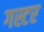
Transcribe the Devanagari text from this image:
गस्टर